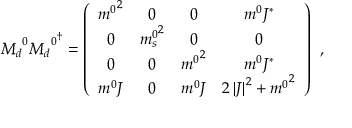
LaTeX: { M _ { d } } ^ { 0 } { { M _ { d } } ^ { 0 } } ^ { \dagger } = \left( \begin{array} { c c c c } { { { m ^ { 0 } } ^ { 2 } } } & { { 0 } } & { { 0 } } & { { m ^ { 0 } J ^ { \ast } } } \\ { { 0 } } & { { { m _ { s } ^ { 0 } } ^ { 2 } } } & { { 0 } } & { { 0 } } \\ { { 0 } } & { { 0 } } & { { { m ^ { 0 } } ^ { 2 } } } & { { m ^ { 0 } J ^ { \ast } } } \\ { { m ^ { 0 } J } } & { { 0 } } & { { m ^ { 0 } J } } & { { 2 \left| J \right| ^ { 2 } + { m ^ { 0 } } ^ { 2 } } } \end{array} \right) \: \: ,